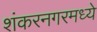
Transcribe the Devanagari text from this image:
शंकरनगरमध्ये